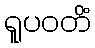
ရူပဝတိံ